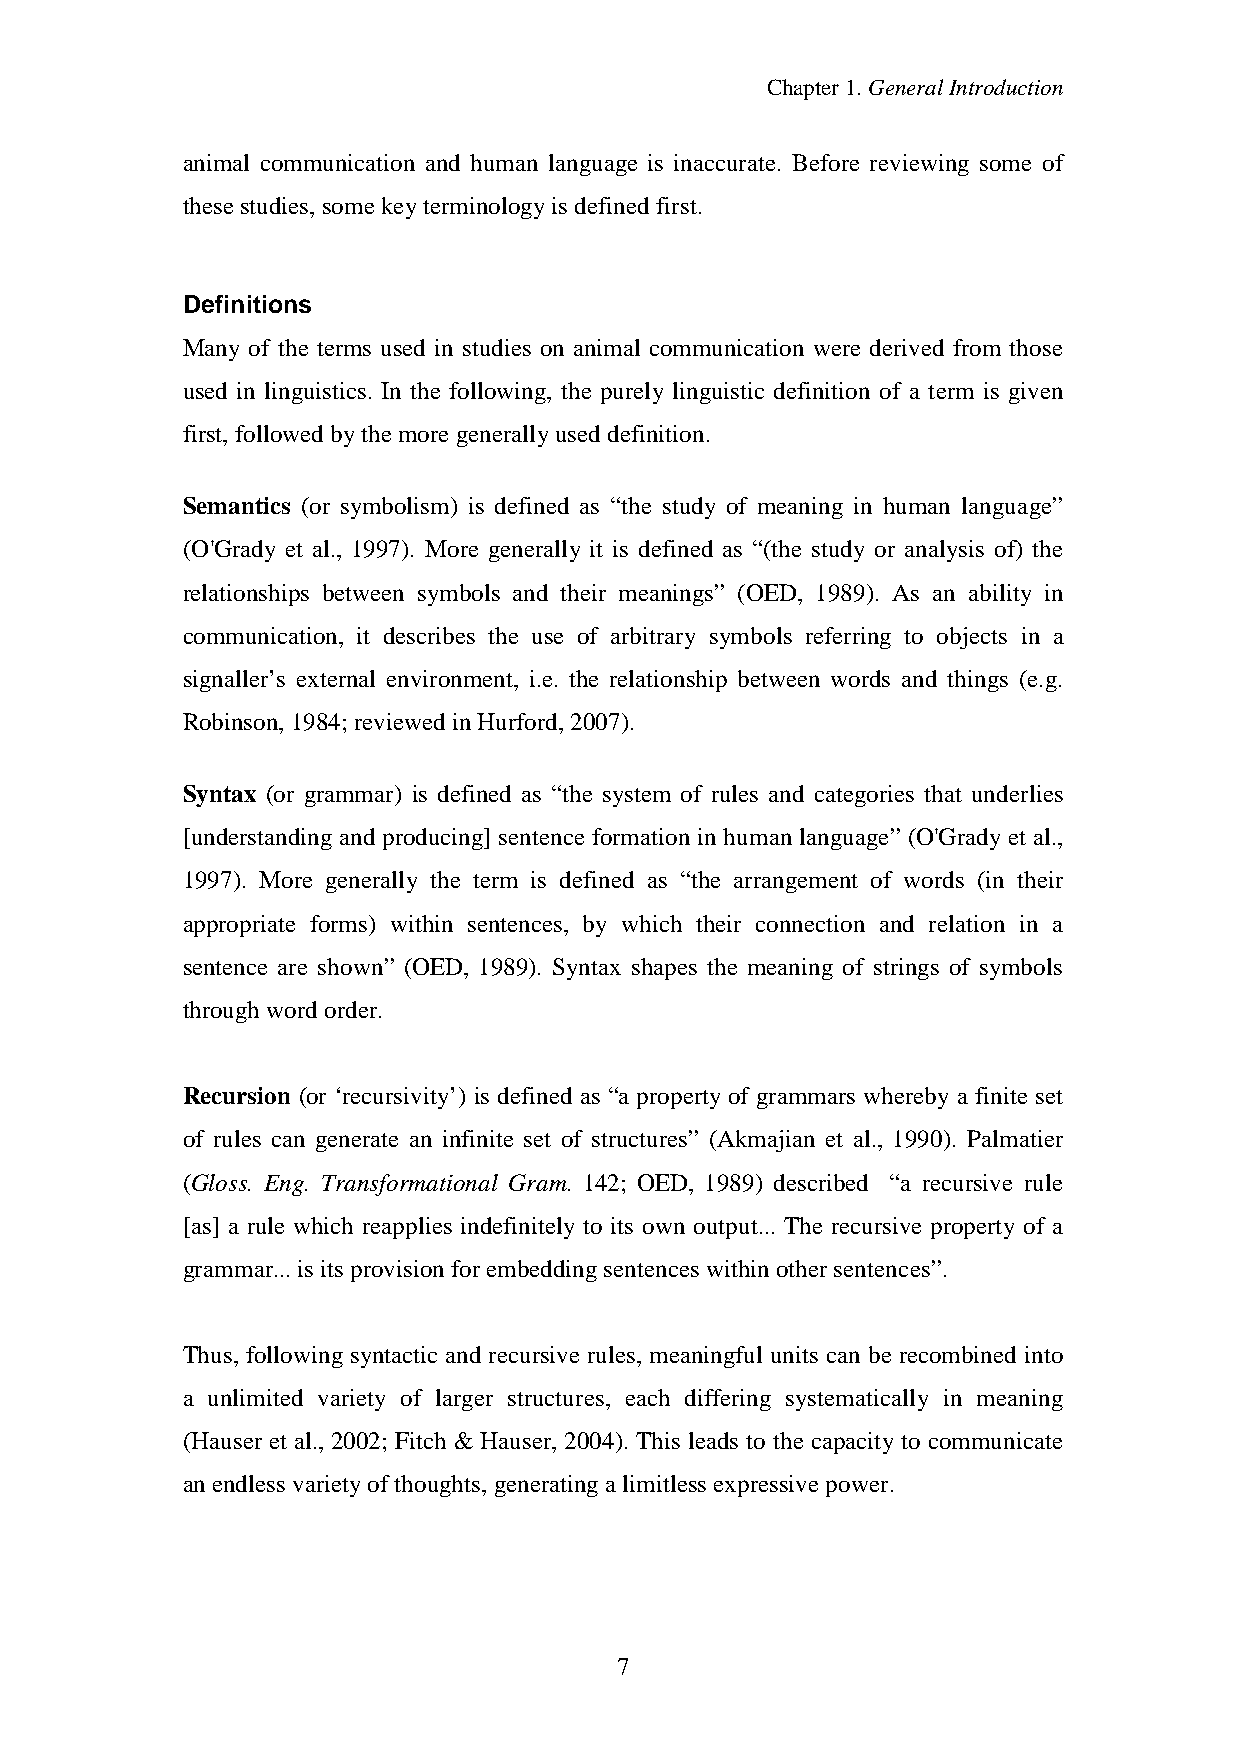
Chapter1.GeneralIntroduction
 animal communication and human language is inaccurate. Before reviewing some of
 thesestudies, somekeyterminologyis definedfirst.
 Definitions
 Many of the terms used in studies on animal communication were derived from those
 used in linguistics. In the following, the purely linguistic definition of a term is given
 first,followedbythemore generallyuseddefinition.
 Semantics (or symbolism) is defined as “the study of meaning in human language”
 (O'Grady et al., 1997). More generally it is defined as “(the study or analysis of) the
 relationships between symbols and their meanings” (OED, 1989). As an ability in
 communication, it describes the use of arbitrary symbols referring to objects in a
 signaller’s external environment, i.e. the relationship between words and things (e.g.
 Robinson, 1984; reviewed inHurford,2007).
 Syntax (or grammar) is defined as “the system of rules and categories that underlies
 [understanding and producing] sentence formation in human language” (O'Grady et al.,
 1997). More generally the term is defined as “the arrangement of words (in their
 appropriate forms) within sentences, by which their connection and relation in a
 sentence are shown” (OED, 1989). Syntax shapes the meaning of strings of symbols
 throughwordorder.
 Recursion (or ‘recursivity’) is defined as “a property of grammars whereby a finite set
 of rules can generate an infinite set of structures” (Akmajian et al., 1990). Palmatier
 (Gloss. Eng. Transformational Gram. 142; OED, 1989) described “a recursive rule
 [as] a rule which reapplies indefinitely to its own output... The recursive property of a
 grammar...is its provision forembeddingsentences withinothersentences”.
 Thus, following syntactic and recursive rules, meaningful units can be recombined into
 a unlimited variety of larger structures, each differing systematically in meaning
 (Hauser et al., 2002; Fitch & Hauser, 2004). This leads to the capacity to communicate
 anendless varietyofthoughts, generatingalimitless expressivepower.
 7